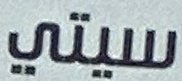
سيتي